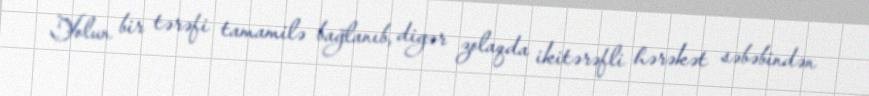
Yolun bir tərəfi tamamilə bağlanıb, digər zolaqda ikitərəfli hərəkət səbəbindən